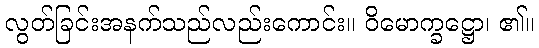
လွတ်ခြင်းအနက်သည်လည်းကောင်း။ ဝိမောက္ခဋ္ဌော၊ ၏။